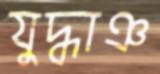
যুদ্ধাঞ